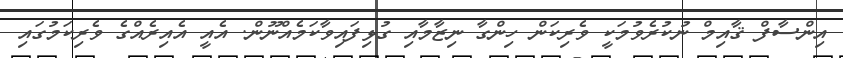
އިންސާފް ޤާއިމް ނުކުރެވުމަކީ ވެރިކަން ހިންގާ ނިޒާމާއި ގުޅިފައިވާކަމެއްނޫން. އެއީ އެއިރެއްގެ ވެރިކަމުގައި